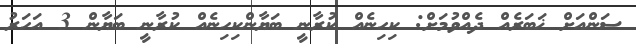
ސަންއަށް ޚަބަރެއް ދެއްވުމަށް: ކިހިނެއް ކުރާނީ ބަޔާންކިހިނެއް ކުރާނީ ބަޔާން 3 އަހަރު